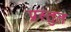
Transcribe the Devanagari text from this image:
प्रस्‍तुत